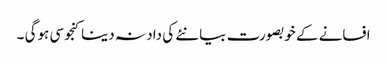
افسانے کے خوبصورت بیانئے کی داد نہ دینا کنجوسی ہوگی ۔